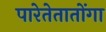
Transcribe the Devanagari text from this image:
पारेतेतातोंगा